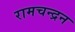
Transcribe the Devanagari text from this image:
रामचन्‍द्रन